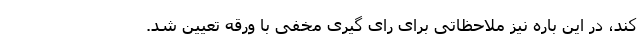
کند، در این باره نیز ملاحظاتی برای رای گیری مخفی با ورقه تعیین شد.